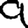
Digit: 9